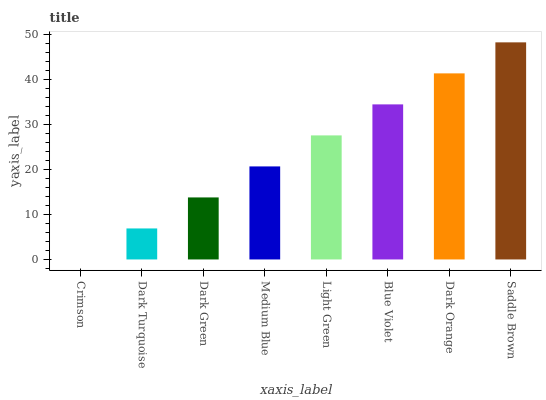
| xaxis_label | bars |
 | --- | --- |
 | Crimson | 0 |
 | Dark Turquoise | 6.9 |
 | Dark Green | 13.8 |
 | Medium Blue | 20.7 |
 | Light Green | 27.6 |
 | Blue Violet | 34.5 |
 | Dark Orange | 41.4 |
 | Saddle Brown | 48.3 |